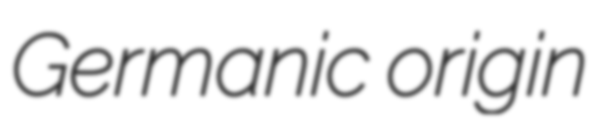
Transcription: Germanic origin